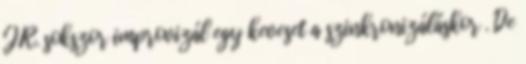
J.R. sokszor improvizál egy keveset a szinkronizáláskor . De